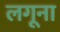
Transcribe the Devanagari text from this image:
लगूना